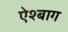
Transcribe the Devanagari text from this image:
ऐश्बाग